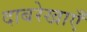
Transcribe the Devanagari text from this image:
दाबरेखाएँ